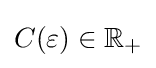
{\textstyle C(\varepsilon )\in \mathbb {R} _{+}}